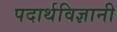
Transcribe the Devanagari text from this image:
पदार्थविज्ञानी